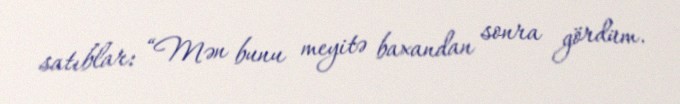
satıblar: “Mən bunu meyitə baxandan sonra gördüm.